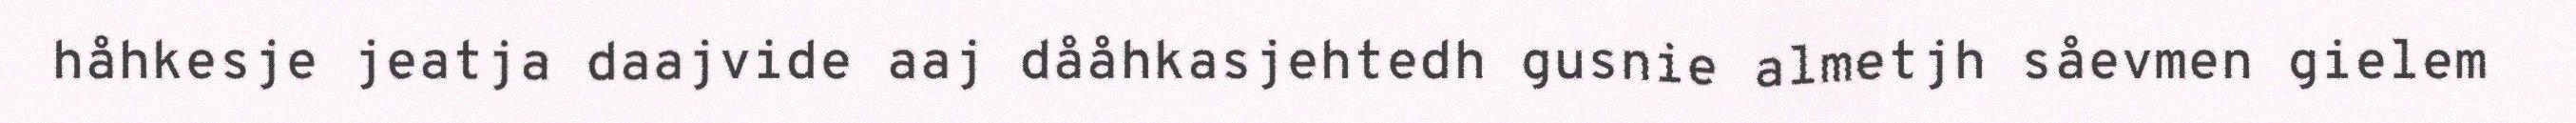
håhkesje jeatja daajvide aaj dååhkasjehtedh gusnie almetjh såevmen gielem